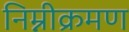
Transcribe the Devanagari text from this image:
निम्नीक्रमण